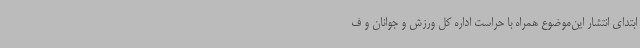
ابتدای انتشار این‌موضوع همراه با حراست اداره کل ورزش و جوانان و ف